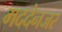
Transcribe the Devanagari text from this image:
मददेनजर